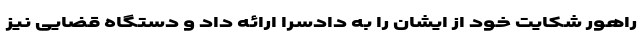
راهور شکایت خود از ایشان را به دادسرا ارائه داد و دستگاه قضایی نیز